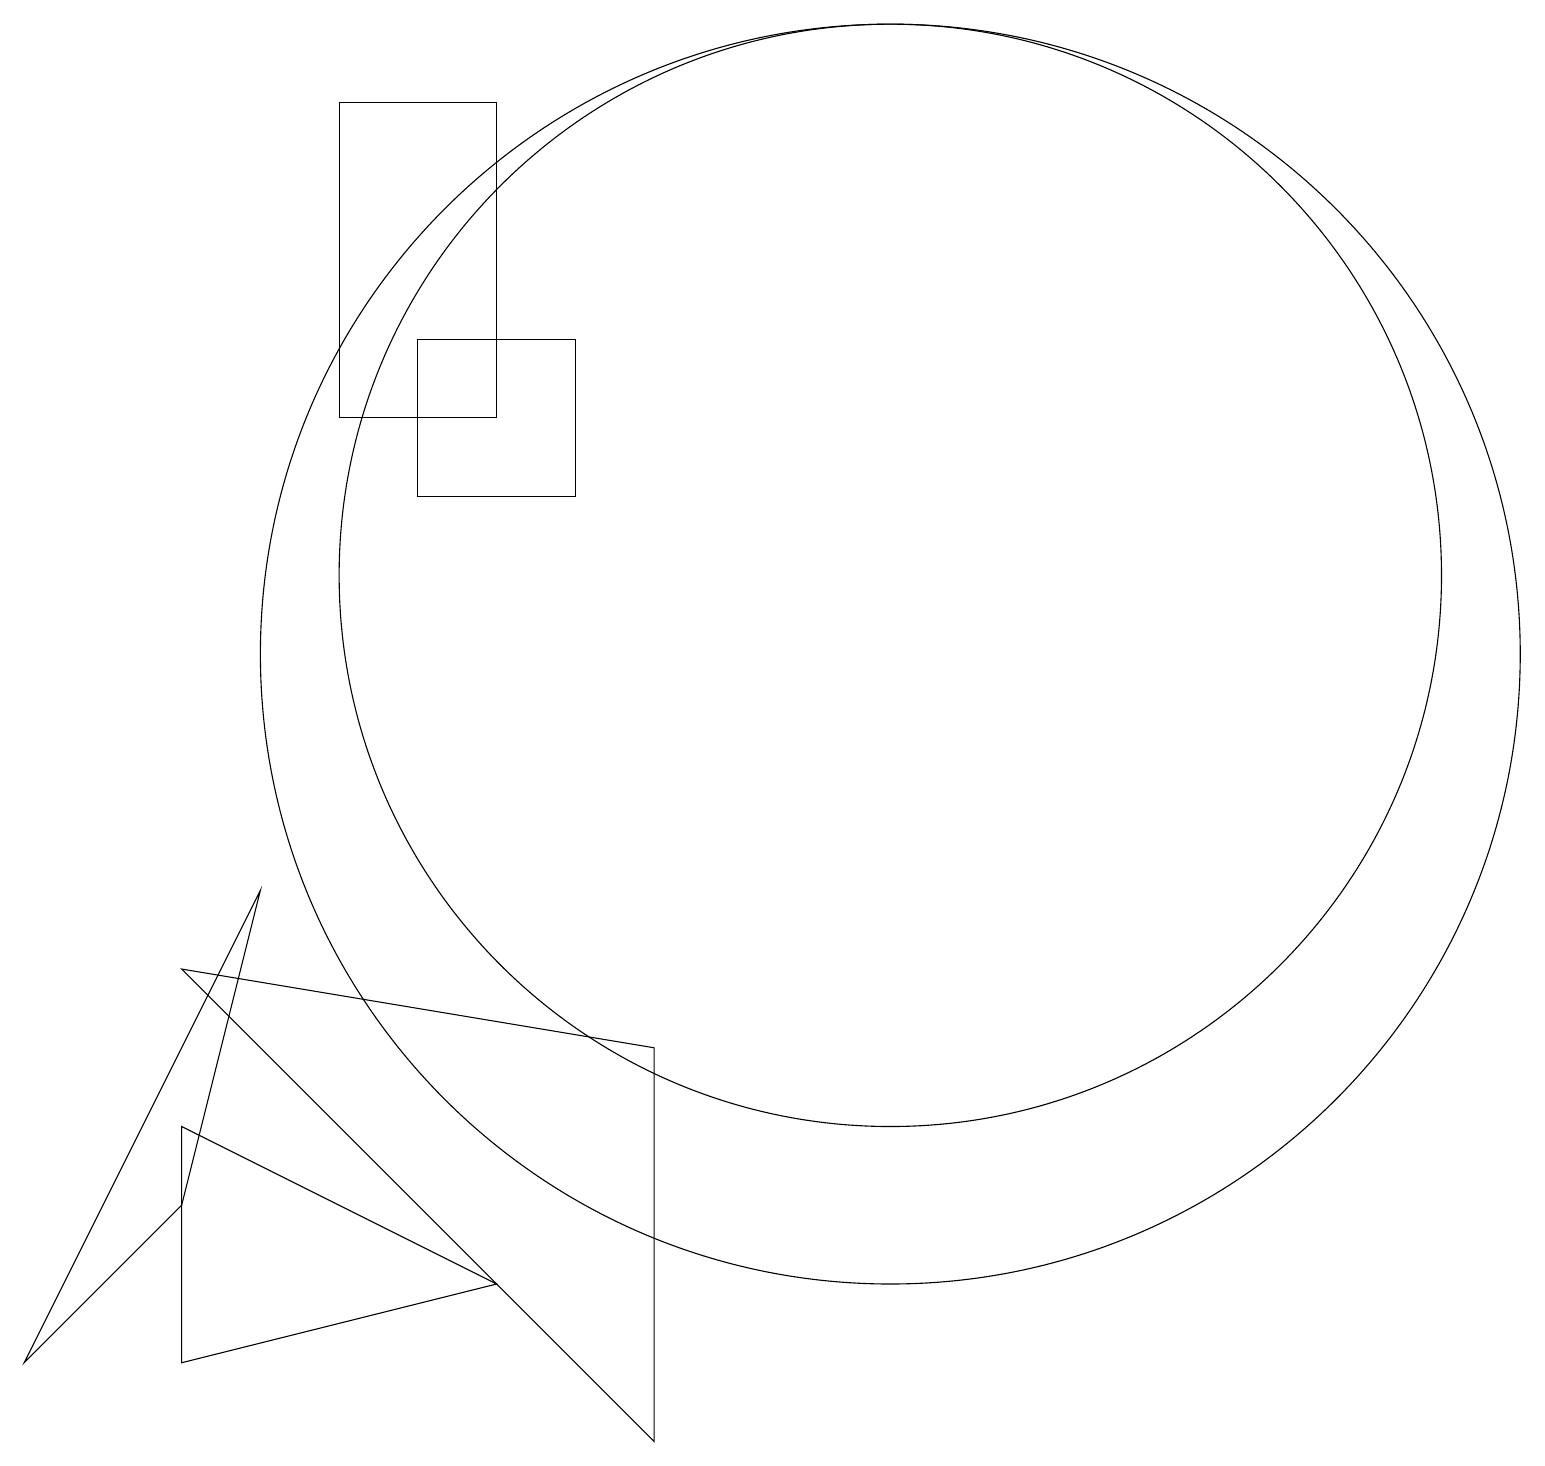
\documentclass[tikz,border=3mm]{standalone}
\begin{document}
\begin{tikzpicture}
\draw (7,15) rectangle (5,13);
\draw (11,12) circle (7);
\draw (11,11) circle (8);
\draw (2,4) -- (0,2) -- (3,8) -- cycle;
\draw (2,2) -- (2,5) -- (6,3) -- cycle;
\draw (6,14) rectangle (4,18);
\draw (8,6) -- (2,7) -- (8,1) -- cycle;
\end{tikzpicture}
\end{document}